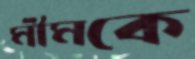
মীমকে